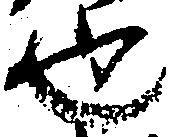
也